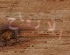
الارباح